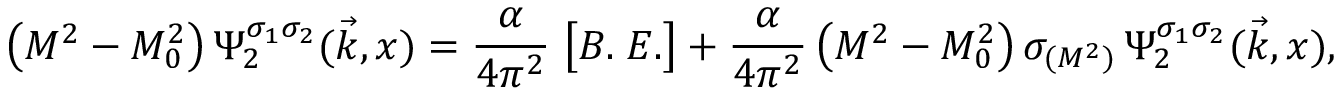
\bigl ( M ^ { 2 } - M _ { 0 } ^ { 2 } \bigr ) \, \Psi _ { 2 } ^ { \sigma _ { 1 } \sigma _ { 2 } } ( \vec { k } , x ) = { \frac { \alpha } { 4 \pi ^ { 2 } } } \; \bigl [ B . \; E . \bigr ] + { \frac { \alpha } { 4 \pi ^ { 2 } } } \, \bigl ( M ^ { 2 } - M _ { 0 } ^ { 2 } \bigr ) \, \sigma _ { ( M ^ { 2 } ) } \, \Psi _ { 2 } ^ { \sigma _ { 1 } \sigma _ { 2 } } ( \vec { k } , x ) ,